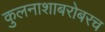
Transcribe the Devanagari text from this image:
कुलनाशाबरोबरच